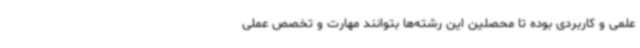
علمی و کاربردی بوده تا محصلین این رشته‌ها بتوانند مهارت و تخصص عملی